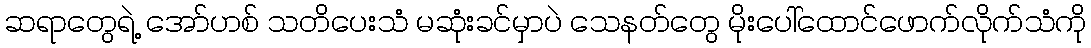
ဆရာတွေရဲ့ အော်ဟစ် သတိပေးသံ မဆုံးခင်မှာပဲ သေနတ်တွေ မိုးပေါ်ထောင်ဖောက်လိုက်သံကို